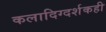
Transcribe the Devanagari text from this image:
कलादिग्दर्शकही